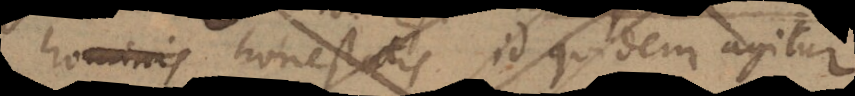
hominis honestatis id quidem agitur